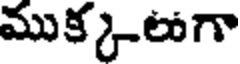
ముక్కలుగా